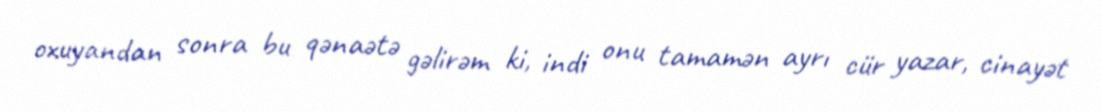
oxuyandan sonra bu qənaətə gəlirəm ki, indi onu tamamən ayrı cür yazar, cinayət